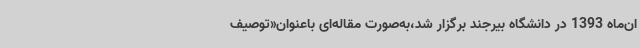
ان‌ماه 1393 در دانشگاه بیرجند برگزار شد،به‌صورت مقاله‌ای باعنوان«توصیف